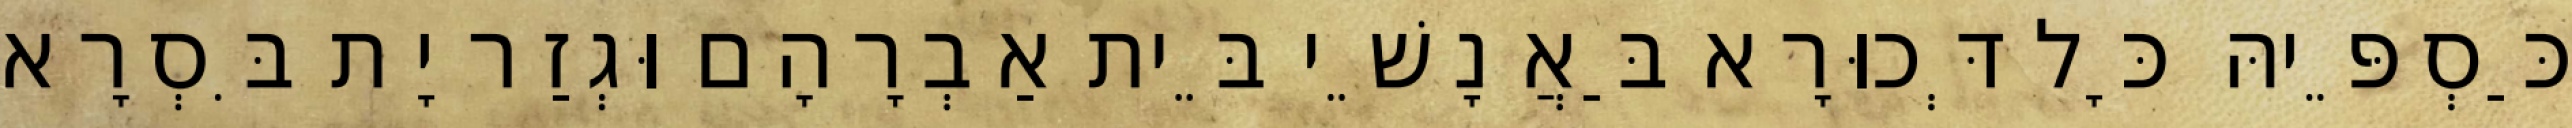
כַּסְפֵּיהּ כָּל דְּכוּרָא בַּאֲנָשֵׁי בֵּית אַבְרָהָם וּגְזַר יָת בִּסְרָא